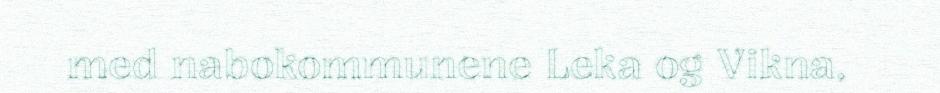
med nabokommunene Leka og Vikna,